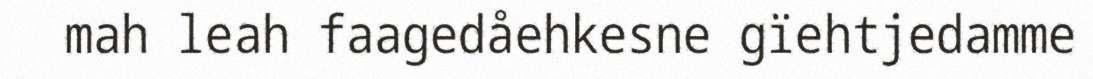
mah leah faagedåehkesne gïehtjedamme